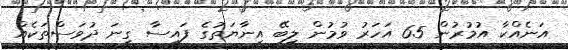
އަނެއްކާ އުމުރުން 65 އަހަރު ވުމުން ލިބޭ އިނާޔަތުގެ ފައިސާ ގިނަ ދުވަސްތަކެއް